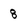
Character: 8